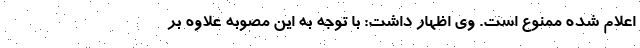
اعلام شده ممنوع است. وی اظهار داشت: با توجه به این مصوبه علاوه بر